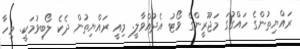
ރައްޔިތުންގެ ހައްގުގަ މަޖޫރީންގެ ވޯޓު އެދުއްވާލީ. މިއީ ރައްޔިތުން ދެކެ ލޯބިވުމަކީ. މިހާ